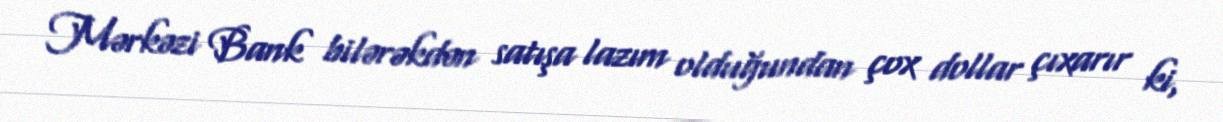
Mərkəzi Bank bilərəkdən satışa lazım olduğundan çox dollar çıxarır ki,